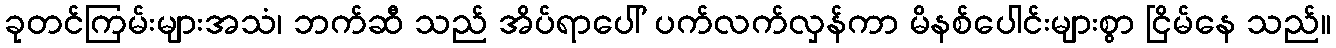
ခုတင်ကြမ်းများအသံ၊ ဘက်ဆီ သည် အိပ်ရာပေါ် ပက်လက်လှန်ကာ မိနစ်ပေါင်းများစွာ ငြိမ်နေ သည်။